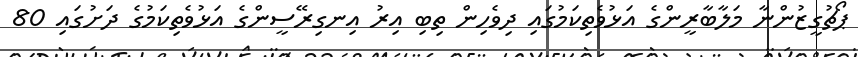
ޕޯޗުގީޒުންނާ މަލާބާރީންގެ އަޅުވެތިކަމުގައި ދިވެހިން ތިބި އިރު އިނގިރޭސީންގެ އަޅުވެތިކަމުގެ ދަށުގައި 80